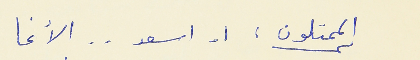
الممثلون : ١ - اسعد . . الآغا